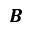
\mathbfit { B }